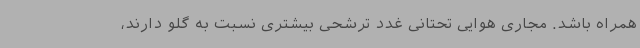
همراه باشد. مجاری هوایی تحتانی غدد ترشحی بیشتری نسبت به گلو دارند،